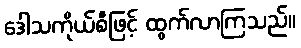
ဒေါသကိုယ်စီဖြင့် ထွက်လာကြသည်။